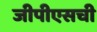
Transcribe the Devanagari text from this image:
जीपीएसची